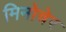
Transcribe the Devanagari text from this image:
मिनोचेर